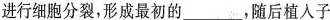
进行细胞分裂，形成最初的___，随后植入子